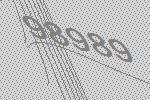
98989